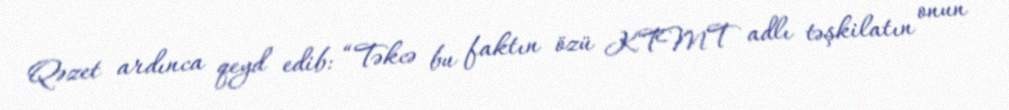
Qəzet ardınca qeyd edib: “Təkcə bu faktın özü KTMT adlı təşkilatın onun